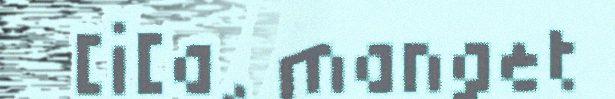
[i[a, manget